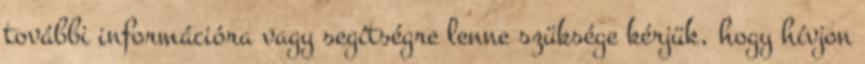
további információra vagy segítségre lenne szüksége kérjük, hogy hívjon